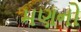
મણનો